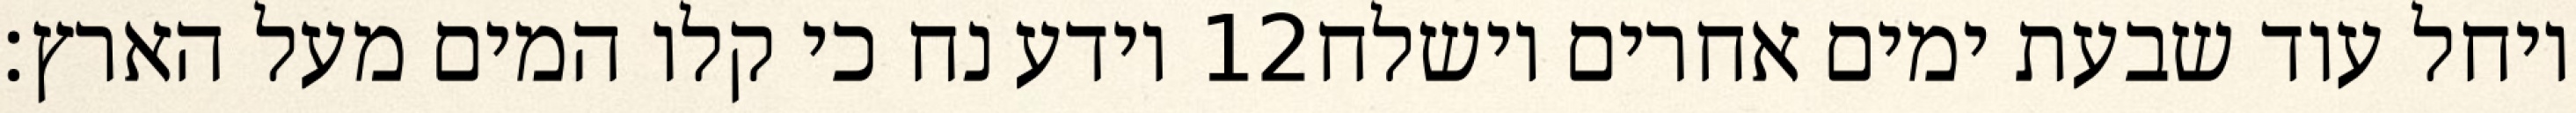
וידע נח כי קלו המים מעל הארץ׃ ‎12‏ ויחל עוד שבעת ימים אחרים וישלח